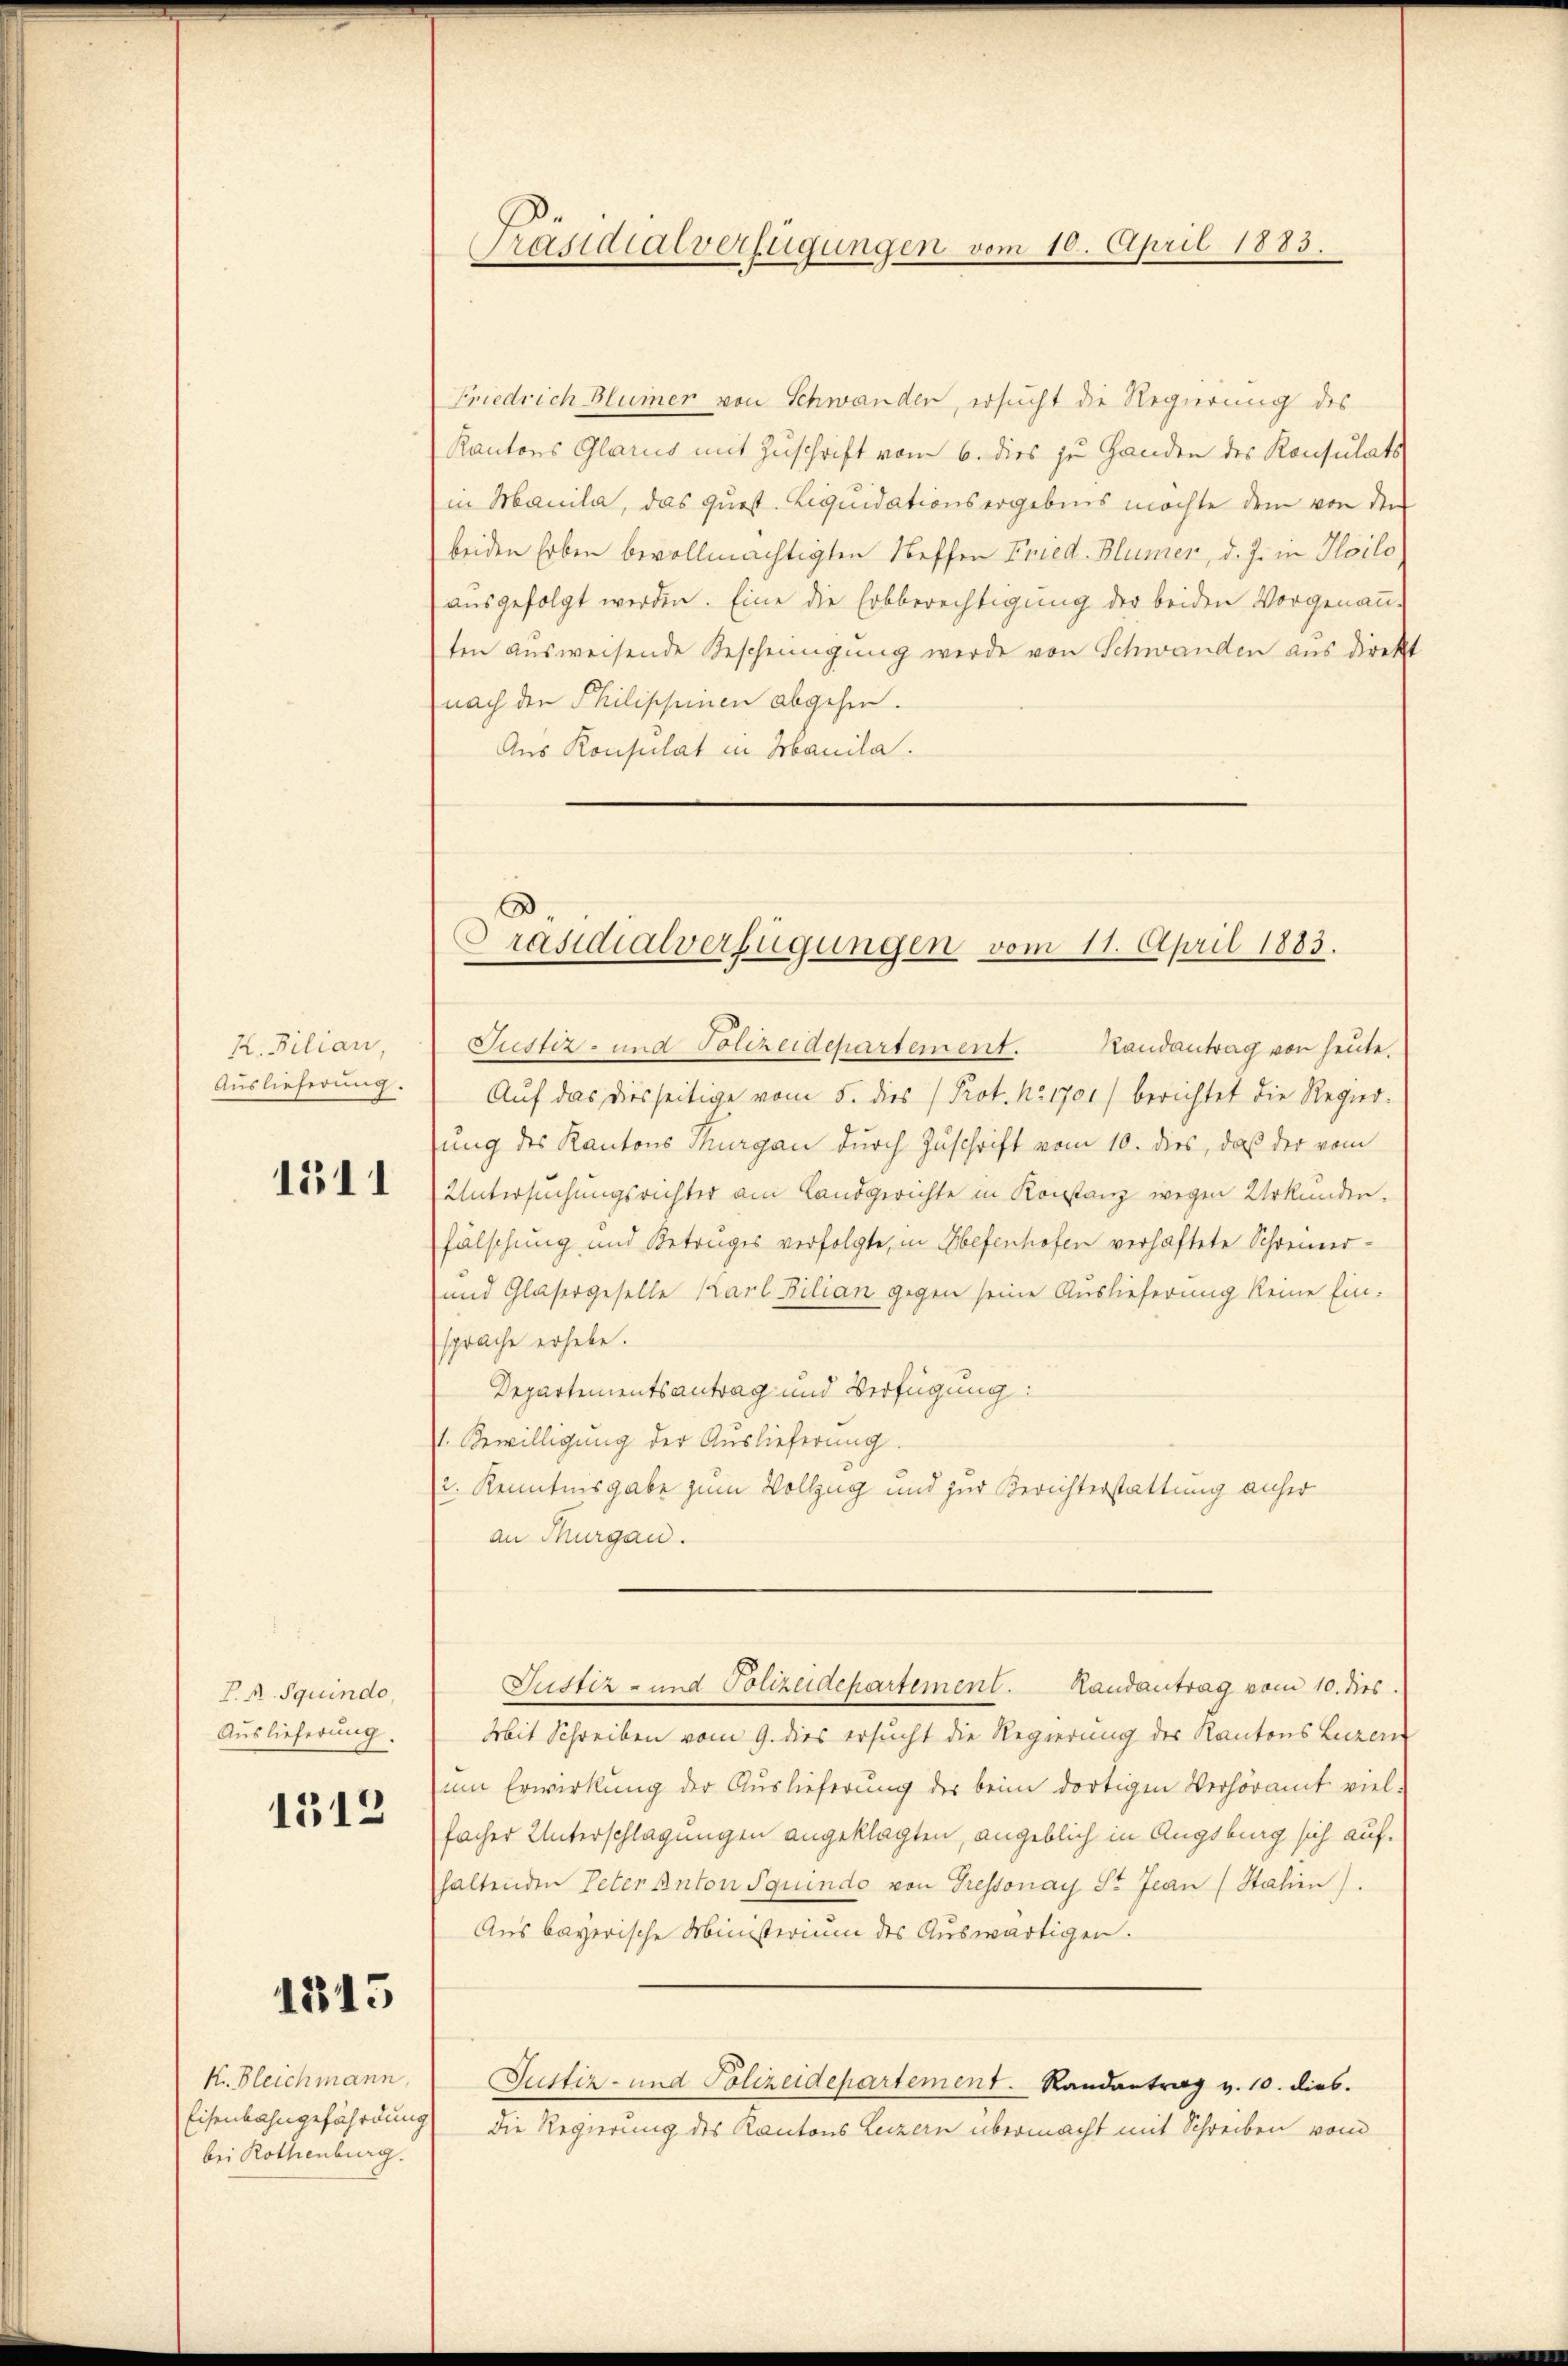
k. Filian,
Auslieferung.

1311

P. R. Squindo,
Auslieferung.
1513

1315

bei Rothenburg.

Friedrich Blümer von Schwanden, ersucht die Regierung des
Kantons Glarus mit Zuschrift vom 6. dies zu Handen des Konsulats
in Manila, das quest. Liquidations ergebnis möchte dem von den
beiden Erben bevollmächtigten Steffen Fried. Blümer, d. J. in Hoilo
ausgefolgt werden. Eine die Erbberechtigung der beiden Vorgenann-
ten ausweisende Gescheinigung werde von Schwanden aus direkt
nach den Philischeinen abgehen.
Aus Konsulat in Manila.

Präsidialverfügungen vom 10. April 1883.

Präsidialverfügungen vom 11. April 1883.

Justiz- und Polizeidepartement. Randantrag von heute.
Auf das diesseitige vom 5. dies (Prot. No 1701/ berichtet die Regier-
sung des Kantons Thurgau durch Zuschrift vom 10. dies, daß der vom
Untersuchungsrichter am Landgerichte in Konstanz wegen Urkunden.
fälschung und Betruges verfolgte, in Ebefenhofen verhaftete Schreiner¬
und Glasergeselle Karl Bilian gegen seine Auslieferung keine Ein-
sprache erhebe.
Departementsantrag und Verfügung:
1. Bewilligung der Auslieferung.
2. Kenntnisgabe zum Vollzug und zur Berichterstattung anher
an Thurgau.
Justiz- und Polizeidepartement. Randantrag vom 10. dies
Mit Schreiben vom 9. dies ersucht die Regierung des Kantons Luzern
um Erwirkung der Auslieferung der beim dortigen Verhöramt viel-
facher Unterschlagungen angeklagten, angeblich in Augsburg sich aufhaltenden Peter Anton Squindo von Tressonay St. Jean (Stalien).
Aus bayerische Ministerium des Auswärtigen.
K. Bleichmann, Justiz- und Polizeidepartement. Randantrag v. 10. dies.
Eisenbahngefährdung) die Regierung des Kantons Luzern übermacht mit Schreiben vom